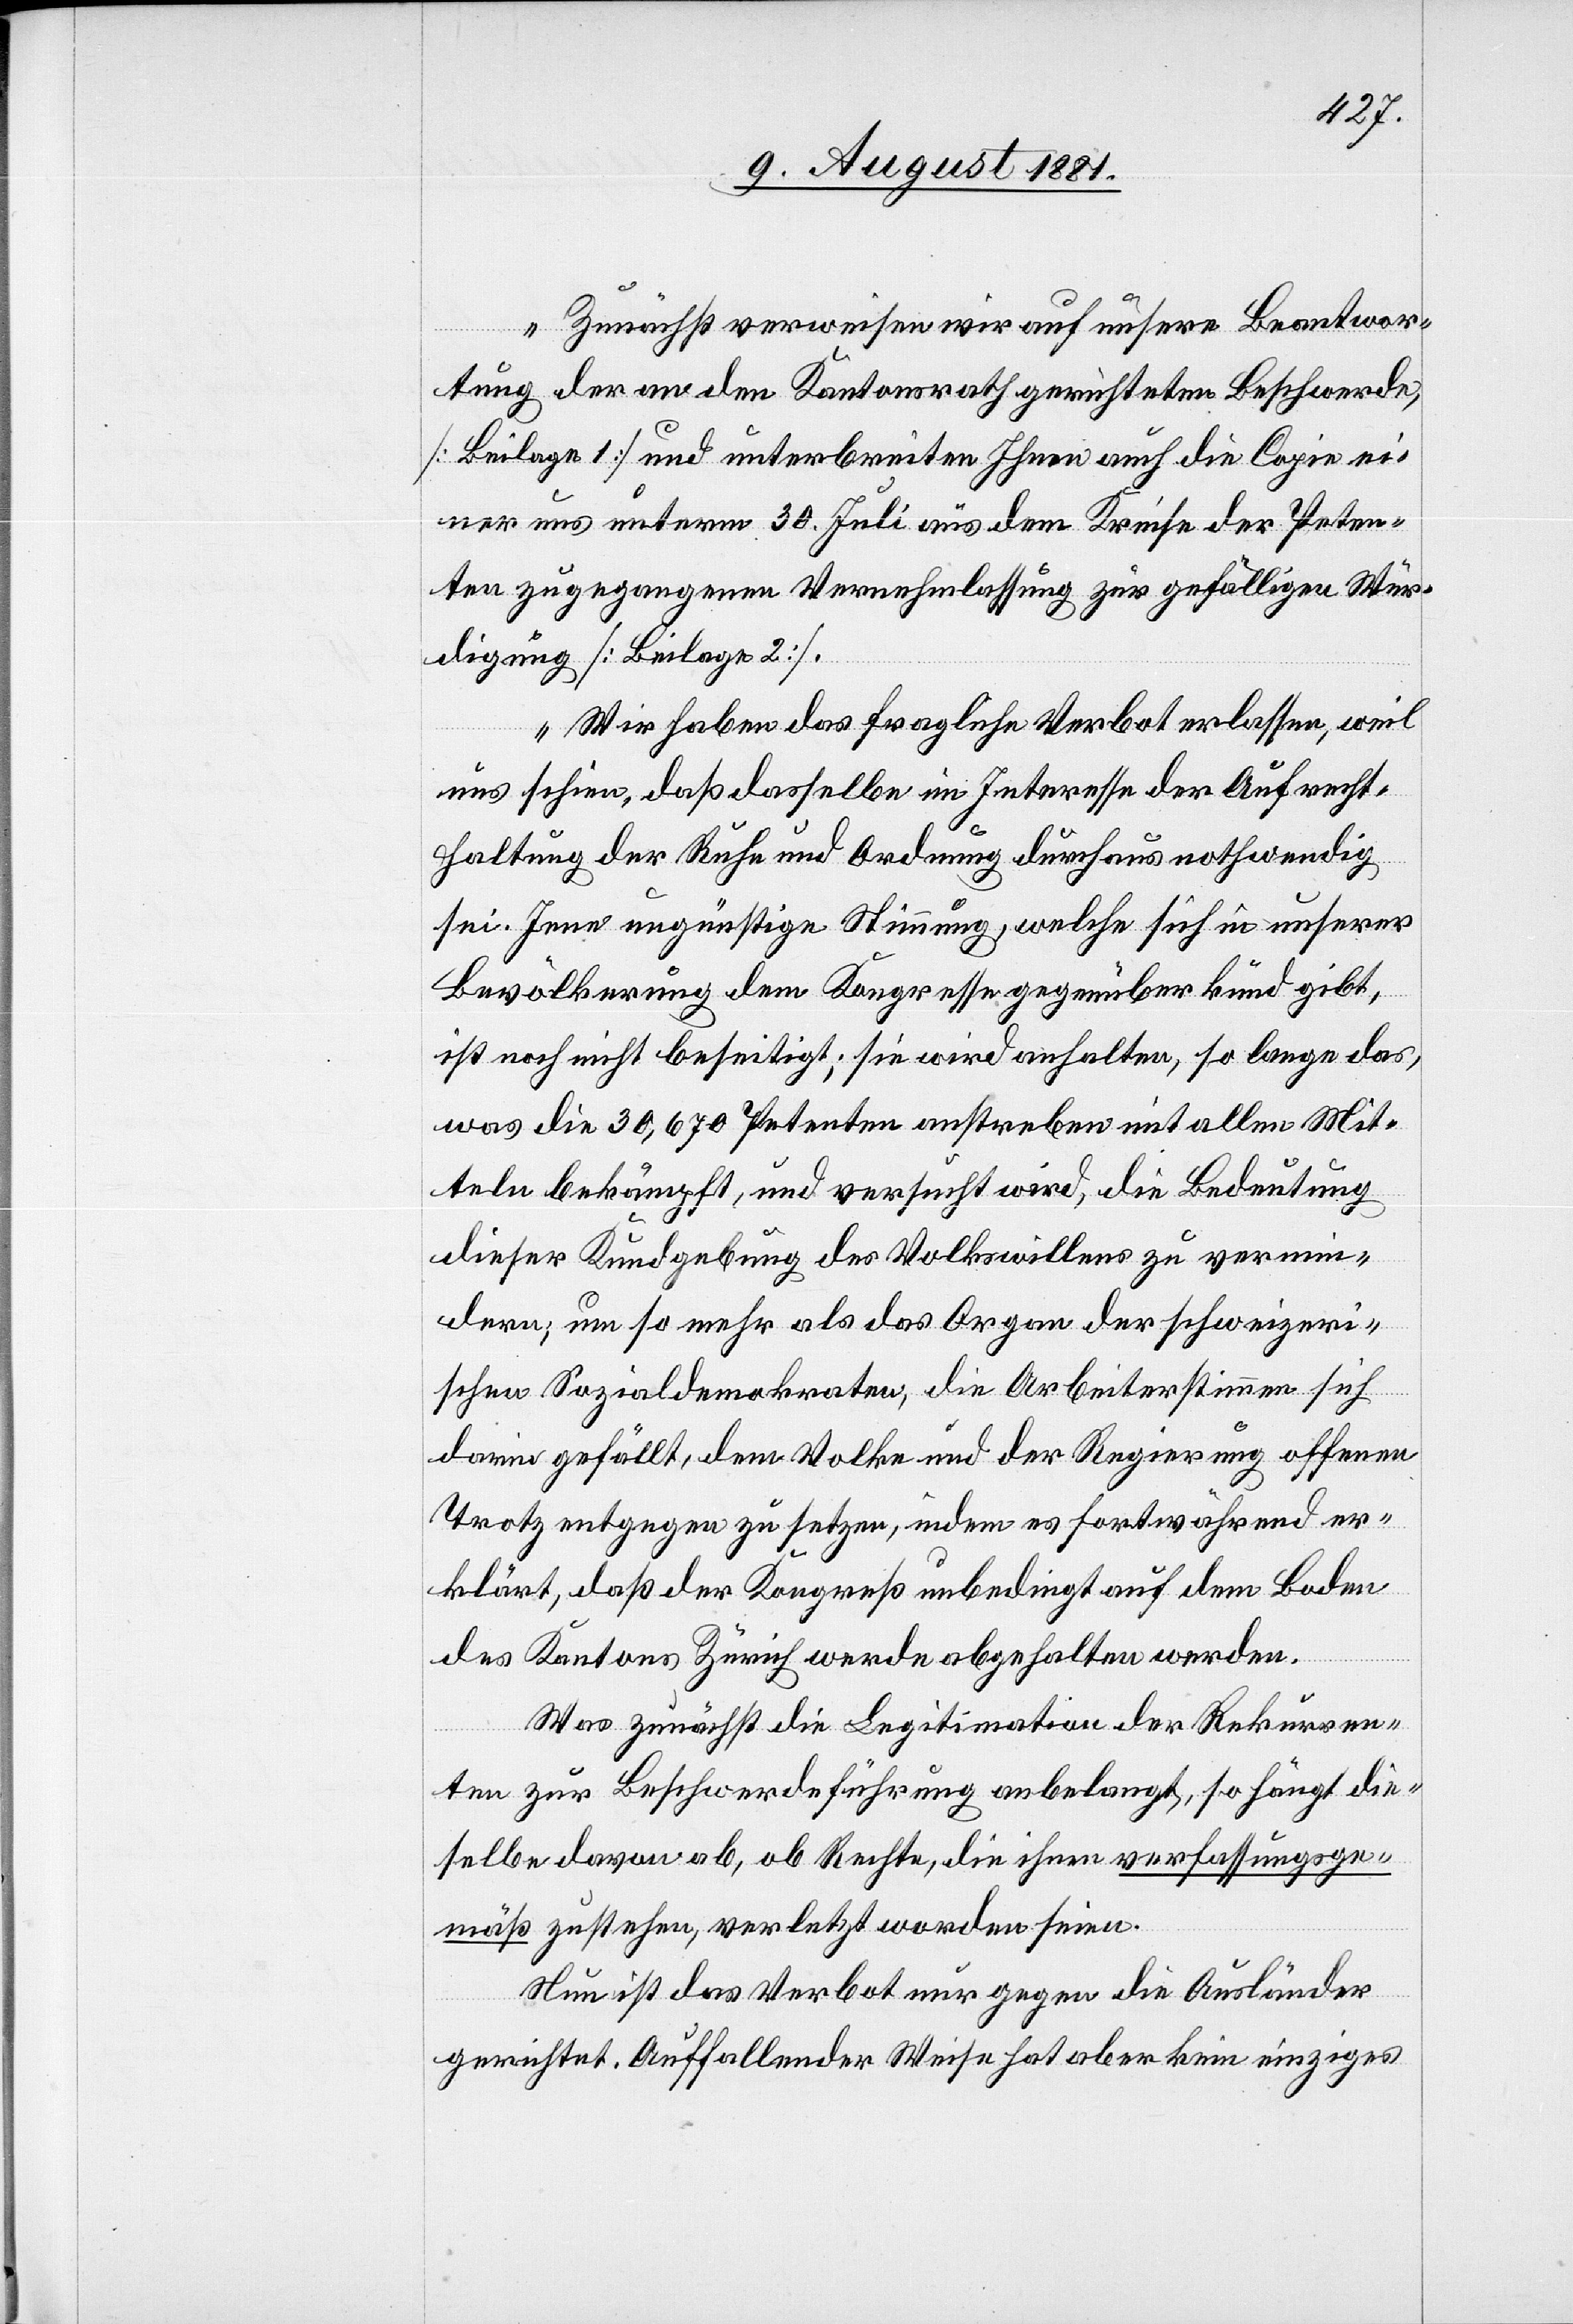
Zunächst verweisen wir auf unsere Beantwor¬
tung der an den Kantonsrath gerichteten Beschwerde,
[Beilage 1] und unterbreiten Ihnen auch die Copie ei¬
ner uns unterm 30. Juli aus dem Kreise der Peten¬
ten zugegangenen Vernehmlassung zur gefälligen Wür¬
digung [Beilage 2].
Wir haben das fragliche Verbot erlassen, weil
uns schien, daß dasselbe im Interesse der Aufrecht¬
haltung der Ruhe und Ordnung durchaus nothwendig
sei. Jene ungünstige Stimmung, welche sich in unserer
Bevölkerung dem Kongresse gegenüber kund gibt,
ist noch nicht beseitigt; sie wird anhalten, so lange das
was die 30,670 Petenten anstreben mit allen Mit¬
teln bekämpft, und versucht wird, die Bedeutung
dieser Kundgebung des Volkswillens zu vermei¬
den; um so mehr als das Organ der schweizeri¬
schen Sozialdemokraten, die Arbeiterstimmen sich
darin gefällt, dem Volke und der Regierung offenen
Trotz entgegen zu setzen, indem es fortwährend er¬
klärt, daß der Kongreß unbedingt auf dem Boden
des Kantons Zürich werde abgehalten werden.
Was zunächst die Legitimation der Rekurren¬
ten zur Beschwerdeführung anbelangt, so hängt die¬
selbe davon ab, ob Rechte, die ihnen verfassungsge¬
mäß zustehen, verletzt worden seien.
Nun ist das Verbot nur gegen die Ausländer
gerichtet. Auffallender Weise hat aber kein einziges